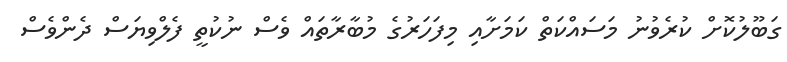
ގަބޫލުކޮށް ކުރެވުނު މަސައްކަތް ކަމަށާއި މިފަހަރުގެ މުބާރާތައް ވެސް ނުކުތީ ފެލްވިޔަސް ދެންވެސް